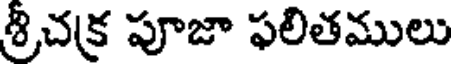
శ్రీచక్ర పూజా ఫలితములు